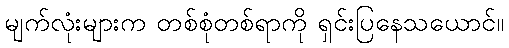
မျက်လုံးများက တစ်စုံတစ်ရာကို ရှင်းပြနေသယောင်။